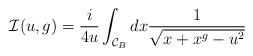
LaTeX: \begin{align*}{\cal I}(u,g)=\frac{i}{4u}\int_{{\cal C}_B} dx \frac{1}{\sqrt{x + x^g - u^2}}\end{align*}